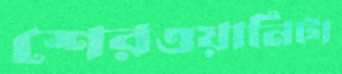
শেরওয়ানিটা